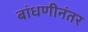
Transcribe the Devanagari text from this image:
बांधणीनंतर